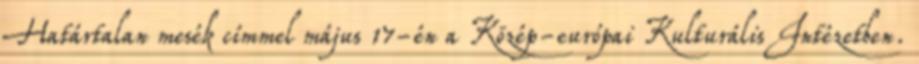
Határtalan mesék címmel május 17-én a Közép-európai Kulturális Intézetben.